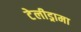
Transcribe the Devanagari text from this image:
टेलीड्रामा